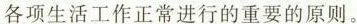
各项生活工作正常进行的重要的原则。